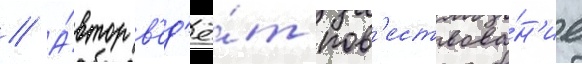
// А́втор в'ед'ё́т пов'ествова́н'ие